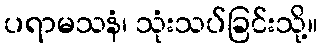
ပရာမသနံ၊ သုံးသပ်ခြင်းသို့။